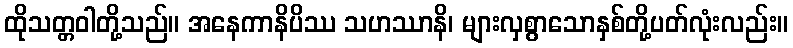
ထိုသတ္တဝါတို့သည်။ အနေကာနိပိဿ သဟဿာနိ၊ များလှစွာသောနှစ်တို့ပတ်လုံးလည်း။